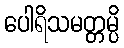
ပေါရိသမတ္တမ္ပိ